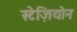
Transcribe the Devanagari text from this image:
स्टेज़ियोन